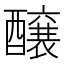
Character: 醸